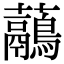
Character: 虉